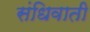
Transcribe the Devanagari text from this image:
संधिवाती